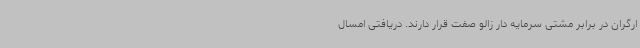
ارگران در برابر مشتی سرمایه دار زالو صفت قرار دارند. دریافتی امسال